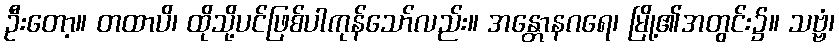
ဦးတော့။ တထာပိ၊ ထိုသို့ပင်ဖြစ်ပါကုန်သော်လည်း။ အန္တောနဂရေ၊ မြို့၏အတွင်း၌။ သဗ္ဗံ၊